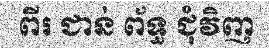
ពីរ ជាន់ ព័ទ្ធ ជុំវិញ